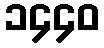
၁၄၄၀